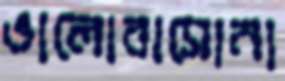
ভালোবাসোনা